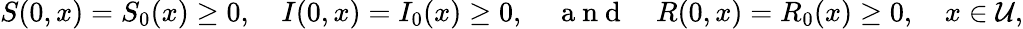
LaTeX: S(0,x)=S_{0}(x)\geq 0,\quad I(0,x)=I_{0}(x)\geq 0,\quad\mathrm{~a~n~d~}\quad R(0,x)=R_{0}(x)\geq 0,\quad x\in\mathcal{U},